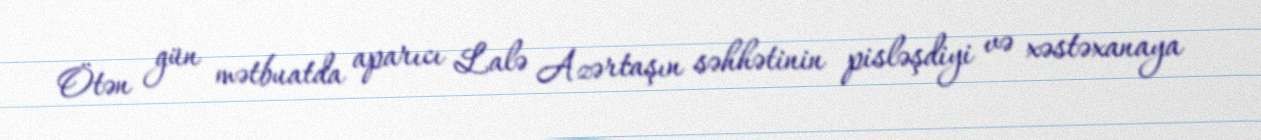
Ötən gün mətbuatda aparıcı Lalə Azərtaşın səhhətinin pisləşdiyi və xəstəxanaya